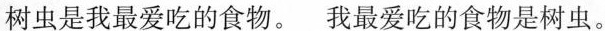
树虫是我最爱吃的食物。我最爱吃的食物是树虫。